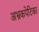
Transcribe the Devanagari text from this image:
अभ्रकपेटिका